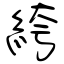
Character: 絝